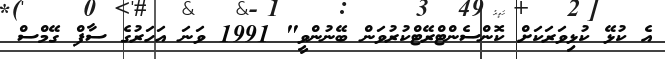
އެ ކުޅޭ ކުޅިވަރަކަށް ކޮންސެންޓްރޭޓްކުރުވަން ބޭނުންވީ" 1991 ވަނަ އަހަރުގެ ސާފް ގޭމްސް